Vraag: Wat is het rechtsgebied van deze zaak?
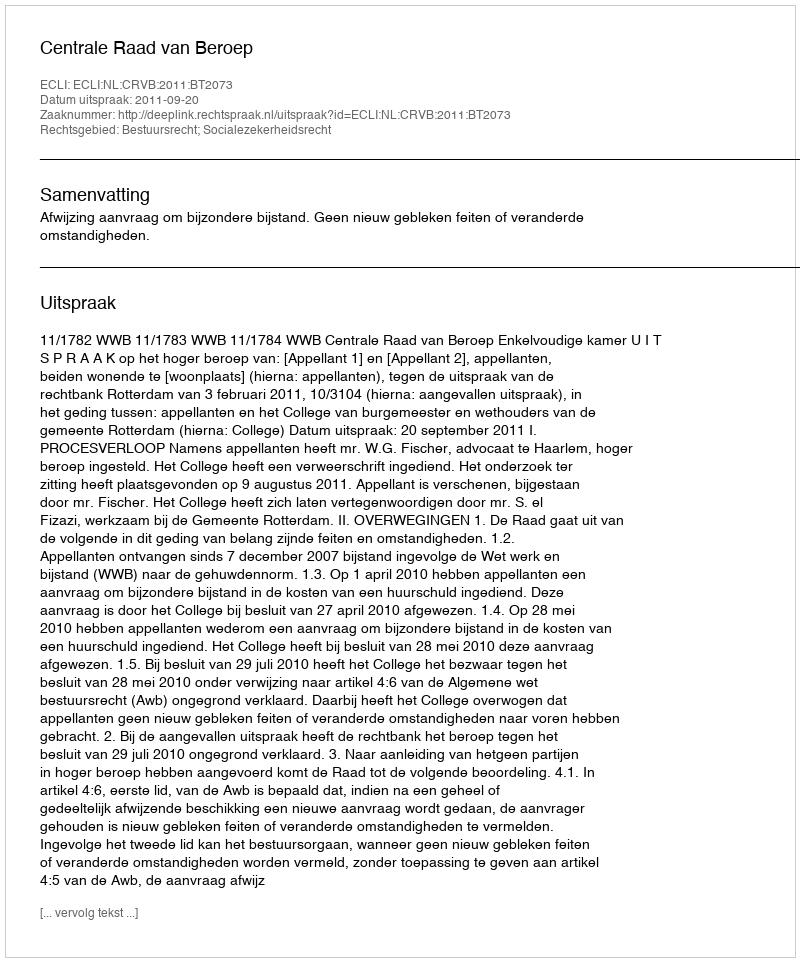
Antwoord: Bestuursrecht; Socialezekerheidsrecht